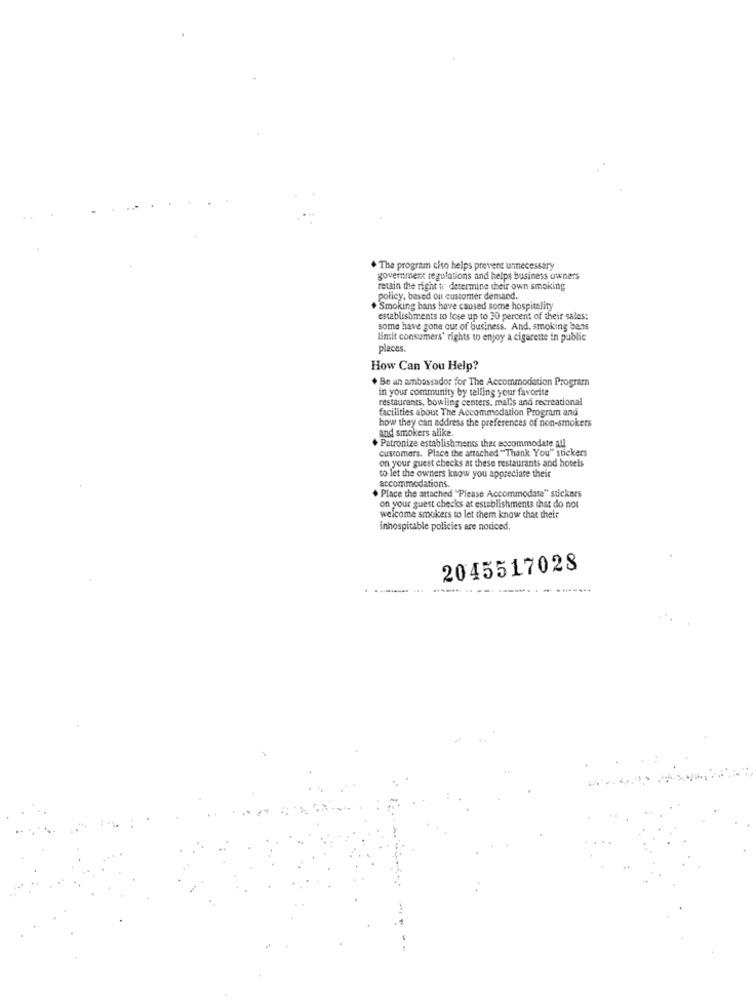
The program cho helps prevent unnecessary
government regulations and helps business owners
retain the right w determine their own smoking
policy, based on customer demand.
+ Smoking bans have caused some hospitality
establishments to lose up to 30 percent of their sales:
some have gone our of business. And, smoking bans
Emit consumers' rights to enjoy a cigarette in public
places.
How Can You Help?
+ Be an ambassador for The Accommodation Program
in your community by telling your favorite
restaurants, bowling centers. malls and recreational
facilities about The Accommodation Program and
how they can address the preferences of non-smokers
and smokers alike.
+ Patronize establish ments thex accommodate all
customers. Place the attached "Thank You" stickers
on your guest checks at these restaurants and hotels
to let the owners know you appreciate their
accommodations.
+ Place the attached "Please Accommodate" stickers
on your guest checks at establishments that do not
welcome smokers to let them know that thett
inhospitable policies are noticed.
2045517028
----